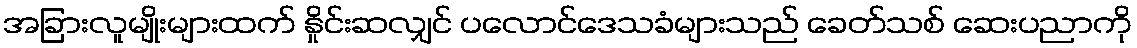
အခြားလူမျိုးများထက် နှိုင်းဆလျှင် ပလောင်ဒေသခံများသည် ခေတ်သစ် ဆေးပညာကို